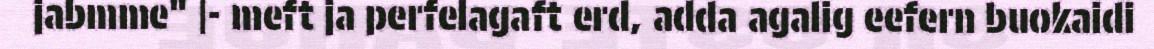
jabmme" |- meft ja perfelagaft erd, adda agalig eefern buokaidi